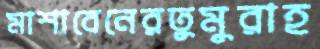
মাশাবেনেরতুমুরাহ